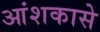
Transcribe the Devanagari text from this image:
आंशकासे